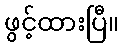
ဖွင့်ထားပြီ။